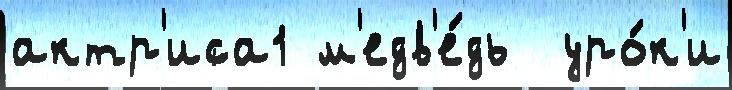
актр'иса1 м'едв'е́дь  уро́к'и